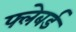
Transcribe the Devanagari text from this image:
फ्लेबर्ड